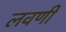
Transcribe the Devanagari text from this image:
लवणी